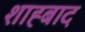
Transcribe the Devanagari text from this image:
शाह्बाद